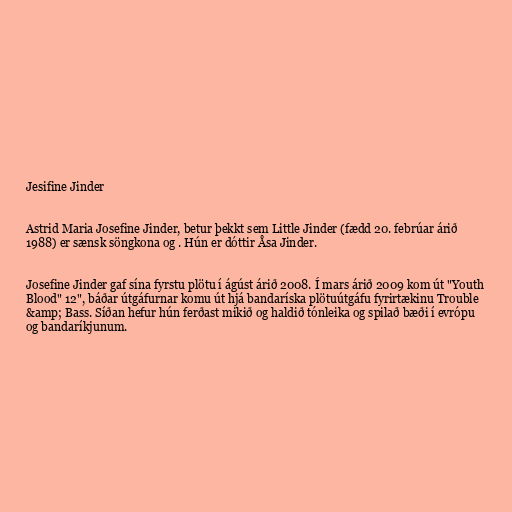
Jesifine Jinder

Astrid Maria Josefine Jinder, betur þekkt sem Little Jinder (fædd 20. febrúar árið
1988) er sænsk söngkona og . Hún er dóttir Åsa Jinder.

Josefine Jinder gaf sína fyrstu plötu í ágúst árið 2008. Í mars árið 2009 kom út "Youth
Blood" 12", báðar útgáfurnar komu út hjá bandaríska plötuútgáfu fyrirtækinu Trouble
&amp; Bass. Síðan hefur hún ferðast mikið og haldið tónleika og spilað bæði í evrópu
og bandaríkjunum.